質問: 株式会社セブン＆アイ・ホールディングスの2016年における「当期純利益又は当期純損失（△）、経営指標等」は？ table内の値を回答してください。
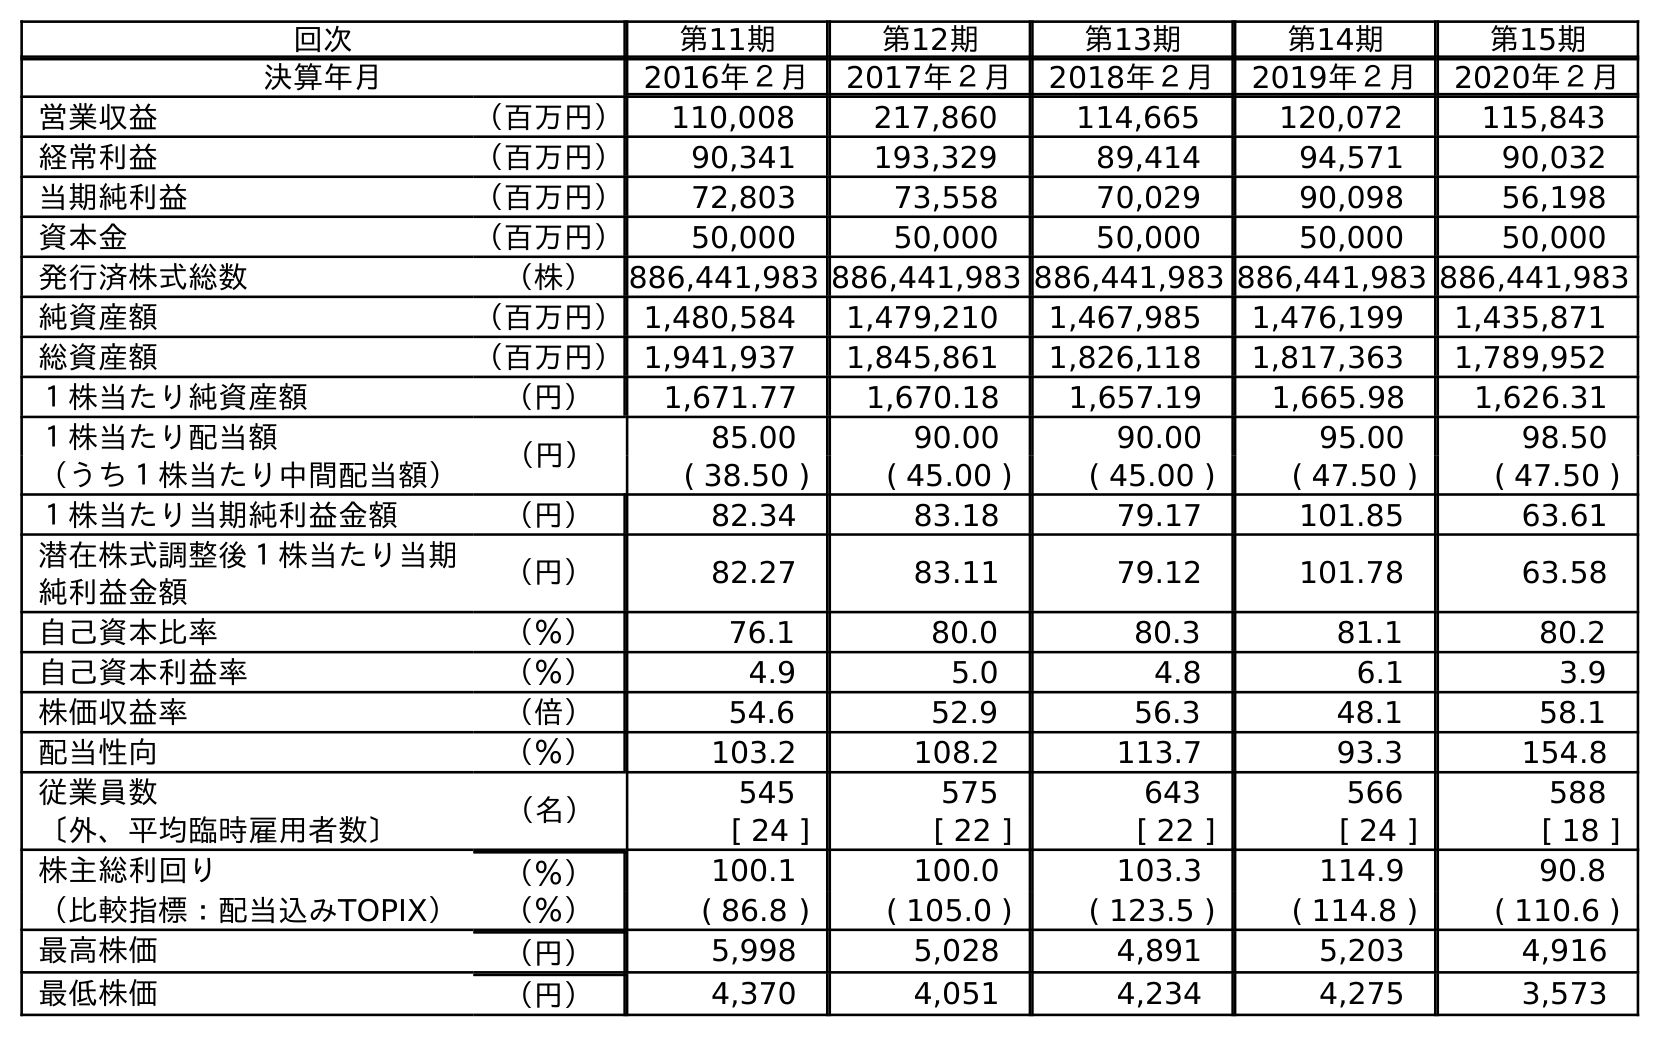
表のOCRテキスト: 回次 第11期 第12期 第13期 第14期 第15期 決算年月 2016年２月 2017年２月 2018年２月 2019年２月 2020年２月 営業収益 （百万円） 110,008 217,860 114,665 120,072 115,843 経常利益 （百万円） 90,341 193,329 89,414 94,571 90,032 当期純利益 （百万円） 72,803 73,558 70,029 90,098 56,198 資本金 （百万円） 50,000 50,000 50,000 50,000 50,000 発行済株式総数 （株） 886,441,983 886,441,983 886,441,983 886,441,983 886,441,983 純資産額 （百万円）1,480,584 1,479,210 1,467,985 1,476,199 1,435,871 総資産額 （百万円）1,941,937 1,845,861 1,826,118 1,817,363 1,789,952 １株当たり純資産額 （円） 1,671.77 1,670.18 1,657.19 1,665.98 1,626.31 １株当たり配当額 （円） 85.00 90.00 90.00 95.00 98.50 （うち１株当たり中間配当額） ( 38.50 ) ( 45.00 ) ( 45.00 ) ( 47.50 ) ( 47.50 ) １株当たり当期純利益金額 （円） 82.34 83.18 79.17 101.85 63.61 潜在株式調整後１株当たり当期 純利益金額 （円） 82.27 83.11 79.12 101.78 63.58 自己資本比率 （％） 76.1 80.0 80.3 81.1 80.2 自己資本利益率 （％） 4.9 5.0 4.8 6.1 3.9 株価収益率 （倍） 54.6 52.9 56.3 48.1 58.1 配当性向 （％） 103.2 108.2 113.7 93.3 154.8 従業員数 （名） 545 575 643 566 588 〔外、平均臨時雇用者数〕 [ 24 ] [ 22 ] [ 22 ] [ 24 ] [ 18 ] 株主総利回り （％） 100.1 100.0 103.3 114.9 90.8 （比較指標：配当込みTOPIX） （％） ( 86.8 ) ( 105.0 ) ( 123.5 ) ( 114.8 ) ( 110.6 ) 最高株価 （円） 5,998 5,028 4,891 5,203 4,916 最低株価 （円） 4,370 4,051 4,234 4,275 3,573
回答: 72,803